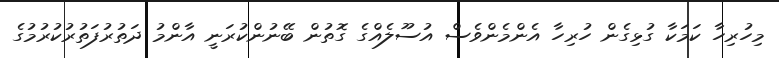
މިހުރިހާ ކަމަކާ ގުޅިގެން ހުރިހާ އެންމެންވެސް އުސޫލެއްގެ ގޮތުން ބޭނުންކުރަނީ އާންމު ދަތުރުފަތުރުކުރުމުގެ